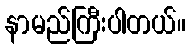
နာမည်ကြီးပါတယ်။